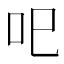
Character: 𱒄